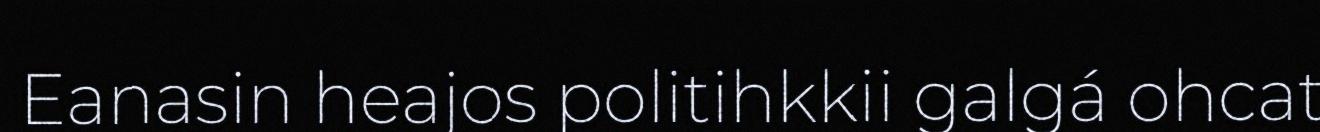
Eanasin heajos politihkkii galgá ohcat